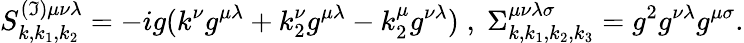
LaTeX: S_{k,k_{1},k_{2}}^{(\mathfrak{I})\mu\nu\lambda}=-ig(k^{\nu}g^{\mu\lambda}+k_{2}^{\nu}g^{\mu\lambda}-k_{2}^{\mu}g^{\nu\lambda})\; ,\; \Sigma_{k,k_{1},k_{2},k_{3}}^{\mu\nu\lambda\sigma}=g^{2}g^{\nu\lambda}g^{\mu\sigma}.